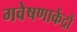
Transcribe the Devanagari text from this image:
गवेषणाकेंद्रों